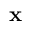
\mathbf { x }